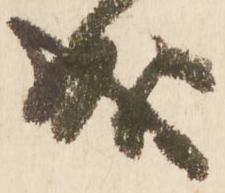
成